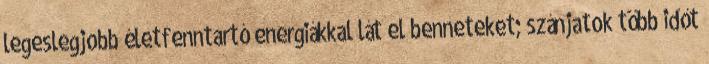
legeslegjobb életfenntartó energiákkal lát el benneteket; szánjatok több időt